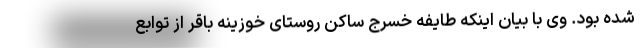
شده بود. وی با بیان اینکه طایفه خسرج ساکن روستای خوزینه باقر از توابع